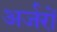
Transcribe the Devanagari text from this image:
अर्जरों